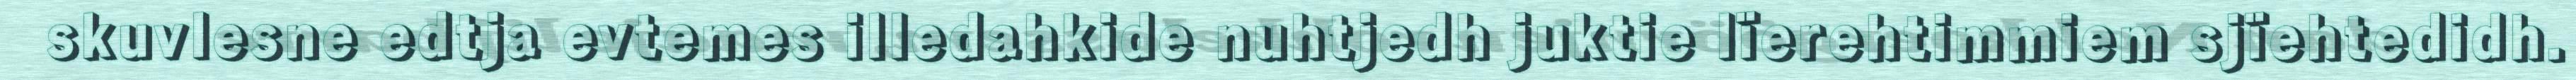
skuvlesne edtja evtemes illedahkide nuhtjedh juktie lïerehtimmiem sjïehtedidh.